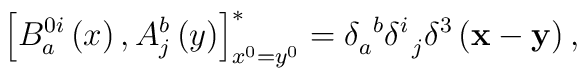
\left[ B_{a}^{0i}\left( x\right) ,A_{j}^{b}\left( y\right) \right]_{x^{0}=y^{0}}^{*}=\delta _{a}^{\;\;b}\delta _{\;\;j}^{i}\delta ^{3}\left( {\bf x}-{\bf y}\right) ,